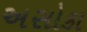
અસોકા